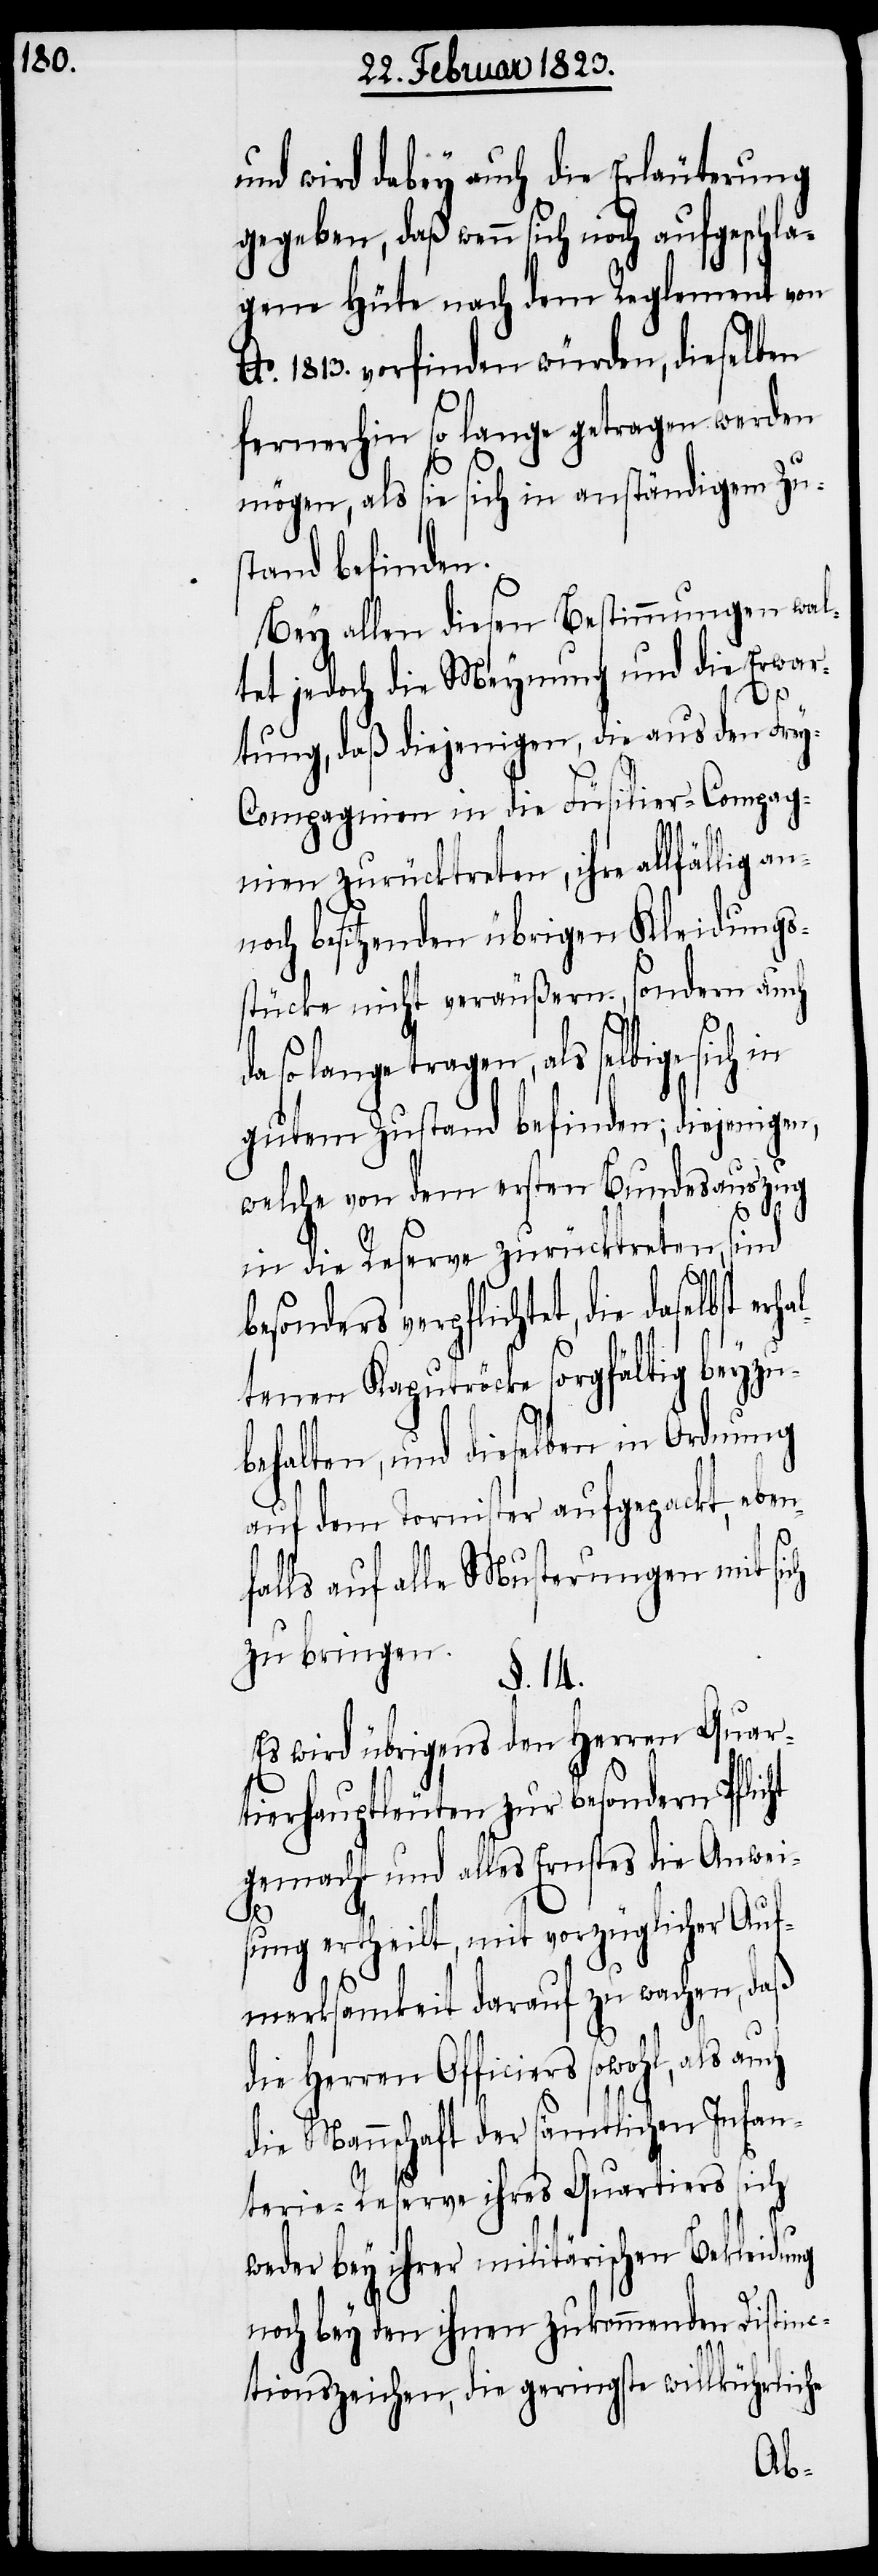
und wird dabey auch die Erläuterung
gegeben, daß wenn sich noch aufgeschla¬
gene Hüte nach dem Reglement von
o. 1813. vorfinden würden, dieselben
fernerhin so lange getragen werden
mögen, als sie sich in anständigem Zu¬
stand befinden.
Bey allen diesen Bestimmungen wal¬
tet jedoch die Meynung und die Erwar¬
tung, daß diejenigen, die aus den Fre¬
y-Compagnien in die Füsilier-Compag¬
nien zurücktreten, ihre allfällig an¬
noch besitzenden übrigen Kleidungs¬
stücke nicht veräußern, sondern auch
so lange tragen, als selbige sich in
gutem Zustand befinden; diejenigen,
welche von dem ersten Bundesauszug
in die Reserve zurücktreten, sind
besonders verpflichtet, die daselbst
ltenen Kaputröcke sorgfältig beyzu¬
behalten, und dieselben in Ordnung
auf dem Tornister aufgepackt, eben¬
falls auf alle Musterungen mit sich
zu bringen.
§. 14.
Es wird übrigens den Herren Quar¬
tierhauptleuten zur besondern Pflic¬
gemacht und alles Ernstes die Anwei¬
sung ertheilt, mit vorzüglicher Auf¬
merksamkeit darauf zu wachen, daß
die Herren Officiers sowohl, als auch
die Mannschaft der sämtlichen Infan¬
terie-Reserve ihres Quartiers sich
weder bey ihrer militärischen Bekleidung
noch bey den ihnen zukommenden Distinc¬
tionszeichen, die geringste willkührliche
ht